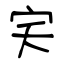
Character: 宎